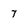
Character: 7